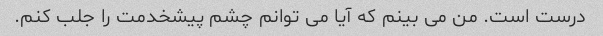
درست است. من می بینم که آیا می توانم چشم پیشخدمت را جلب کنم.